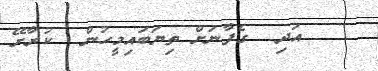
އަދި  ގެފާނަށް ތިޔަބައިމީހުން  ކުރާށޭ